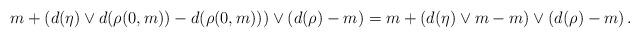
LaTeX: \begin{align*}m+\left(d(\eta)\vee d(\rho(0,m))-d(\rho(0,m))\right)\vee \left(d(\rho)-m\right)=m+\left(d(\eta)\vee m-m\right)\vee \left(d(\rho)-m\right).\end{align*}